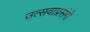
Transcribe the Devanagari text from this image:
उत्सवाप्रसंगी